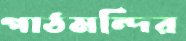
পাঠমন্দির